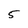
Character: 5